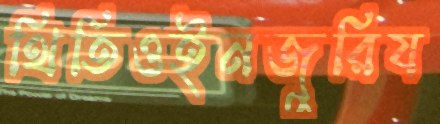
থিতিওইনজুরিয